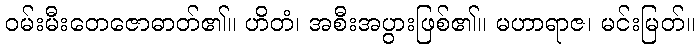
ဝမ်းမီးတေဇောဓာတ်၏။ ဟိတံ၊ အစီးအပွားဖြစ်၏။ မဟာရာဇ၊ မင်းမြတ်။